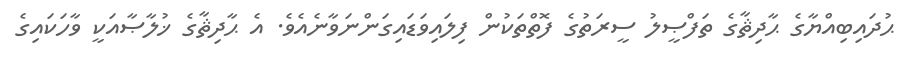
ޙުދައިބިއްޔާގެ ޙާދިޘާގެ ތަފްޞީލު ސީރަތުގެ ފޮތްތަކުން ފިލައިވަޑައިގަންނަވާނެއެވެ. އެ ޙާދިޘާގެ ޚުލާޞާއަކީ ވާހަކައިގެ